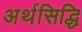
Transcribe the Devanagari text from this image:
अर्थसिद्धि